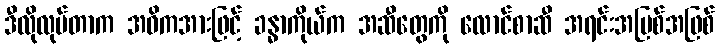
ဒီလိုလုပ်တာက အဓိကအားဖြင့် ခန္ဓာကိုယ်က အဆီတွေကို လောင်စာဆီ အရင်းအမြစ်အဖြစ်